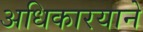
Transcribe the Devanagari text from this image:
अधिकारयाने